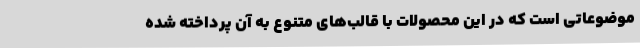
موضوعاتی است که در این محصولات با قالب‌های متنوع به آن پرداخته‌ شده